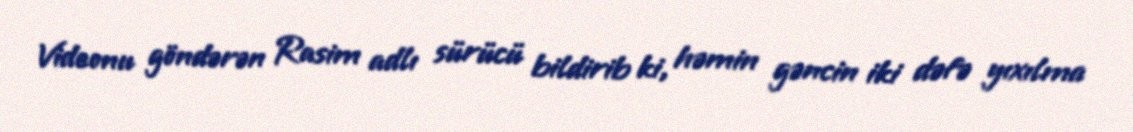
Videonu göndərən Rasim adlı sürücü bildirib ki, həmin gəncin iki dəfə yıxılma